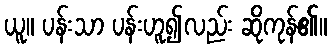
ယူ။ ပန်းသာ ပန်းဟူ၍လည်း ဆိုကုန်၏။